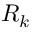
R _ { k }